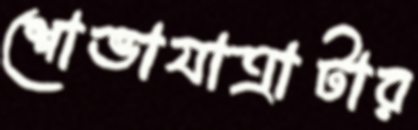
শোভাযাত্রাটার